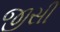
જીસી